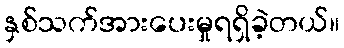
နှစ်သက်အားပေးမှုရရှိခဲ့တယ်။